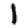
Digit: 1